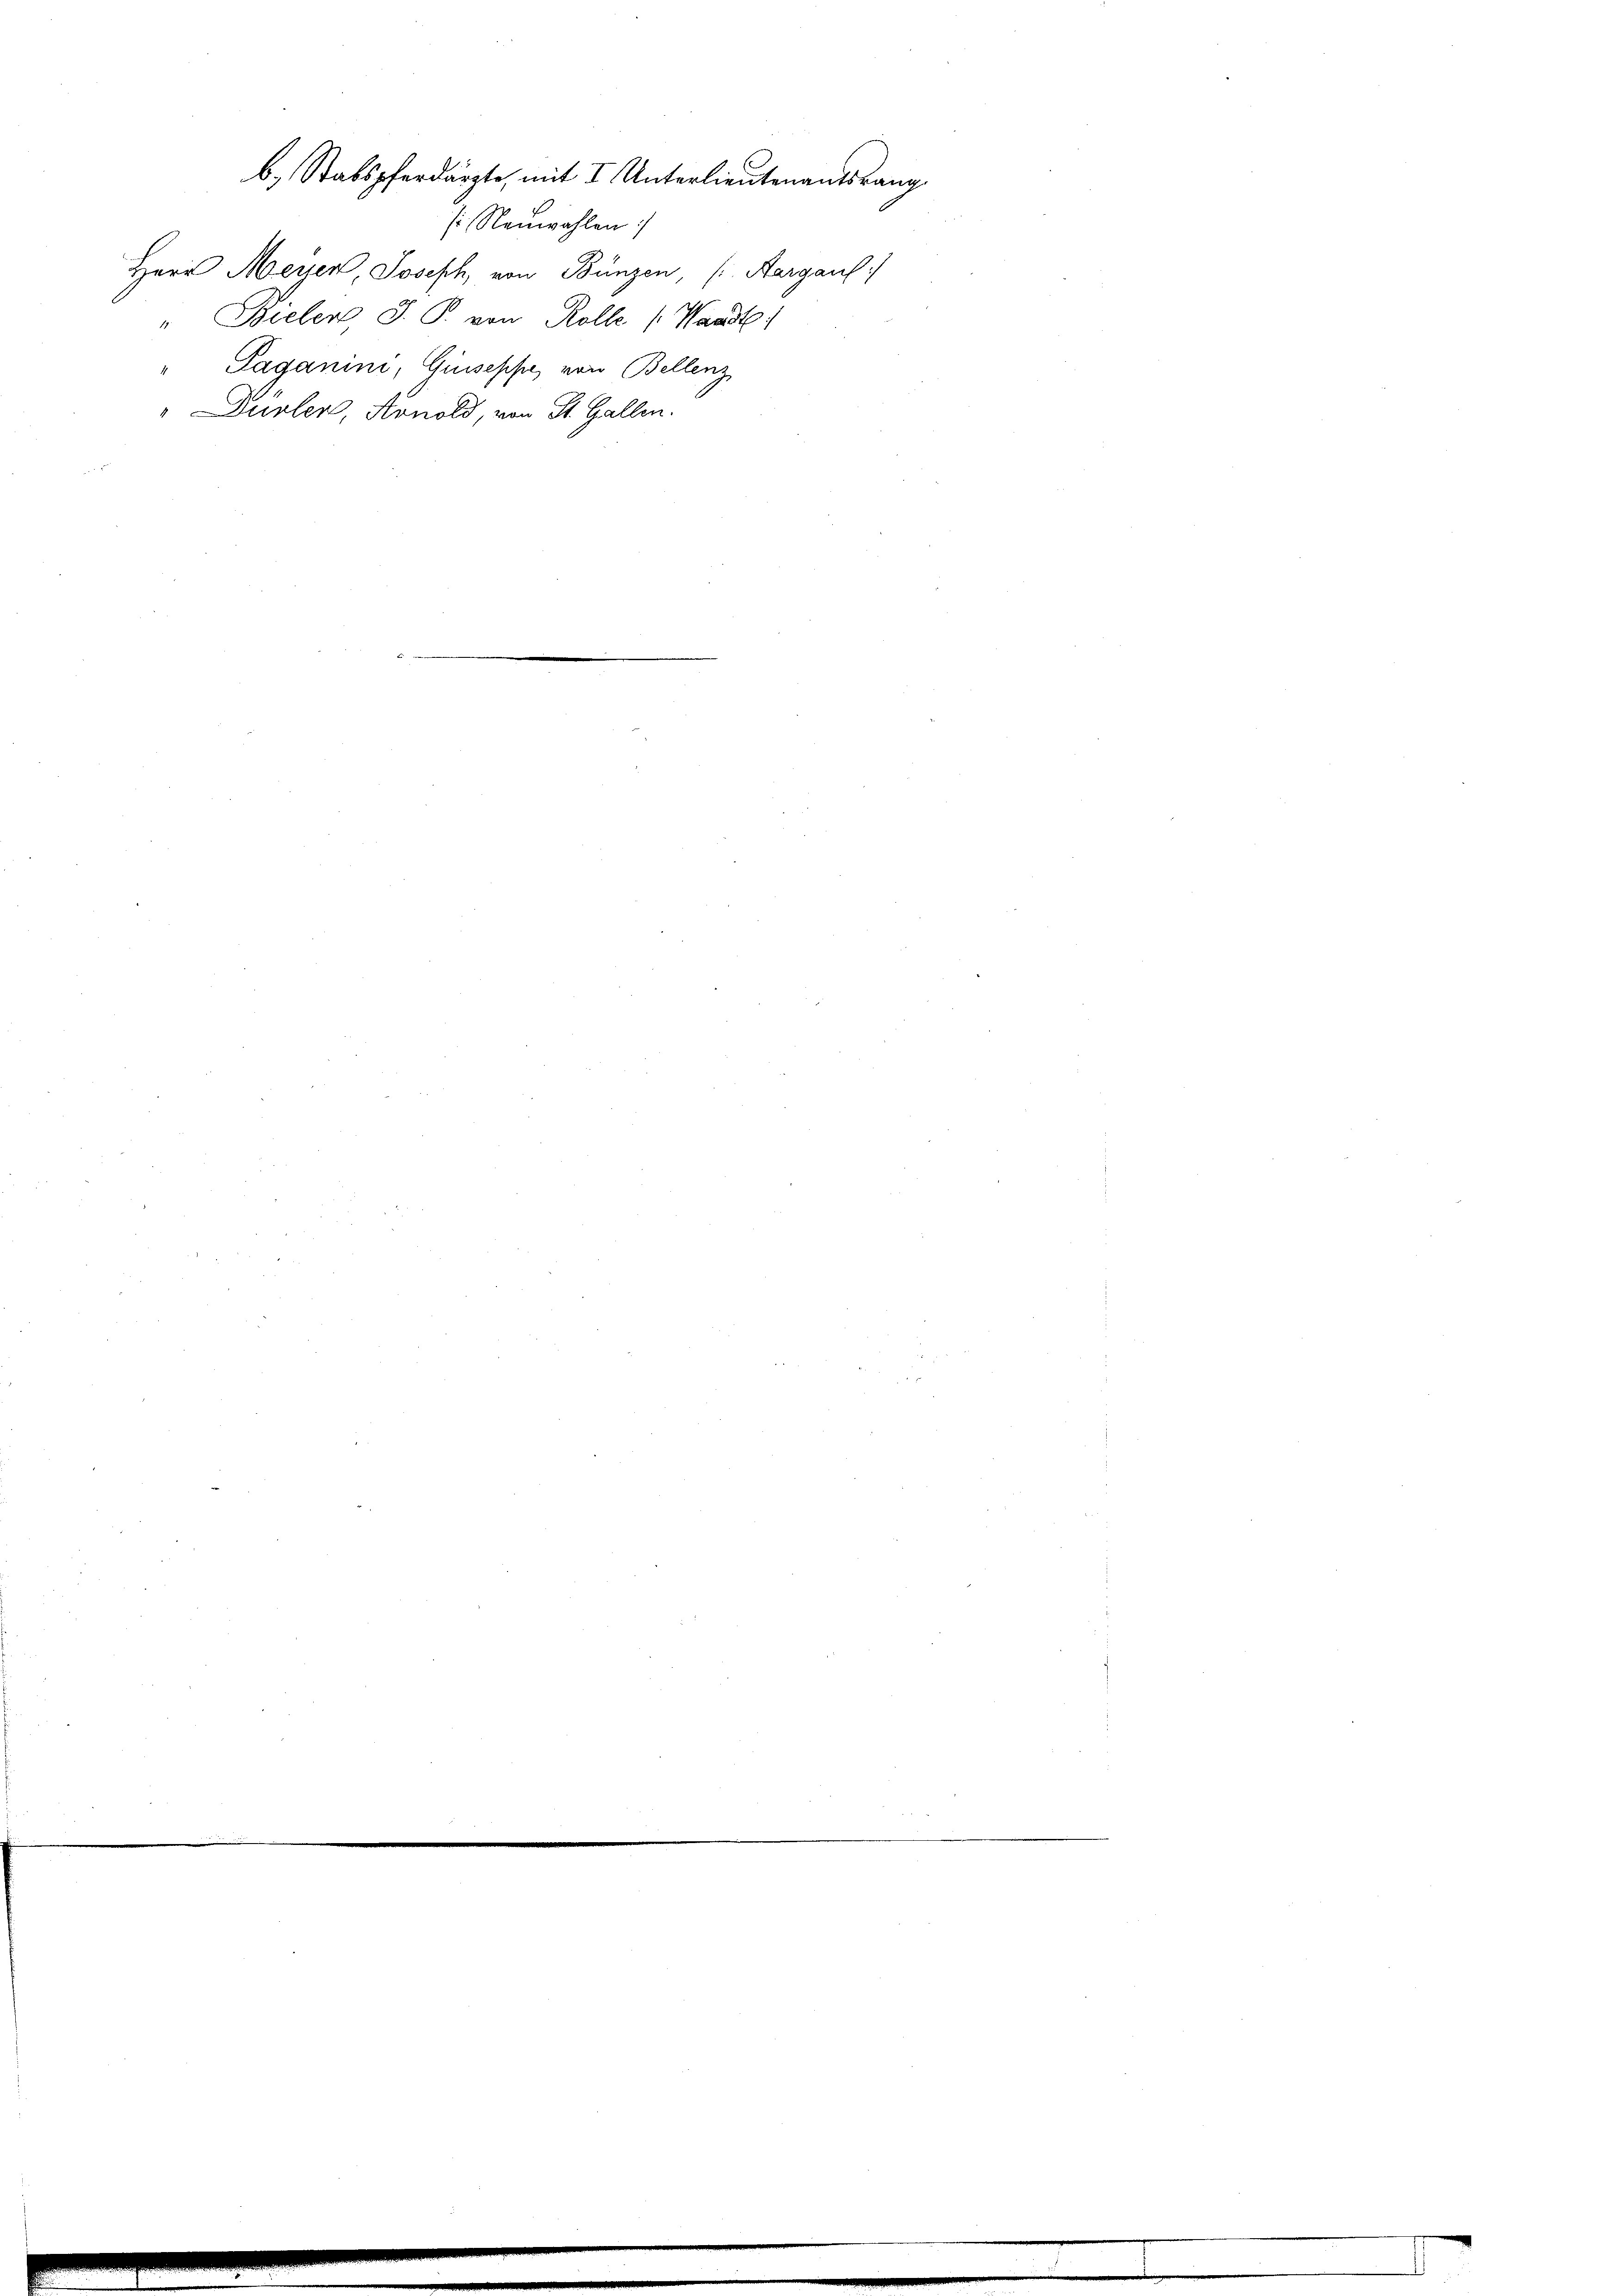
s Neuwahlen:
Herr Meyer Joseph, von Bünzen, (Aargaus)
" Bielen J. P. von Rolle (Waadt:
Paganini, Giuseppe, von Bellenz
"Dürler, Konold, von St. Gallen.

b. Stabspferdärzte, mit I Unterlieutenantsrang